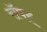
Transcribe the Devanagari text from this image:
सॅपर